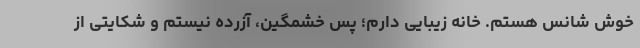
خوش شانس هستم. خانه زیبایی دارم؛ پس خشمگین، آزرده نیستم و شکایتی از